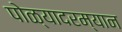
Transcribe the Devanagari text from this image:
पोळ्यादरम्यान